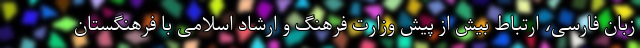
زبان فارسی، ارتباط بیش از پیش وزارت فرهنگ و ارشاد اسلامی با فرهنگستان